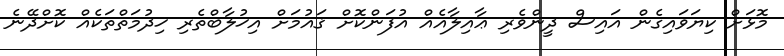
މޮޅަށް ކިޔަވައިގެން އައިސް ދީންވެރި ޢާއިލާއެއް އުފަންކޮށް ޤައުމަށް އިޚުލާބްތެރި ޚިދުމަތްތަކެއް ކޮށްދޭނެ